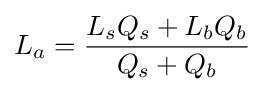
L_{a}={\frac {L_{s}Q_{s}+L_{b}Q_{b}}{Q_{s}+Q_{b}}}